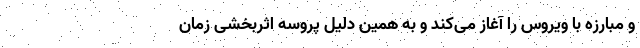
و مبارزه با ویروس را آغاز می‌کند و به همین دلیل پروسه اثربخشی زمان